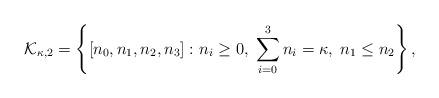
LaTeX: \begin{align*}\mathcal K_{\kappa,2} = \left \{ \left[n_0,n_1,n_2,n_3\right]\colon n_i\geq0,\; \sum_{i=0}^{3}n_i = \kappa, \; n_1\leq n_2\right \},\end{align*}